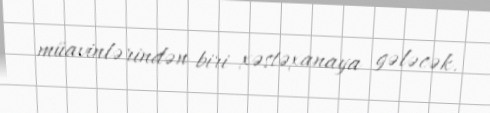
müavinlərindən biri xəstəxanaya gələcək.